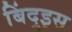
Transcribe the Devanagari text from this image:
बिंदुइस